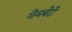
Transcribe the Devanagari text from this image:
गेमबेटे